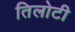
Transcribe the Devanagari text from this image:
तिलोटी